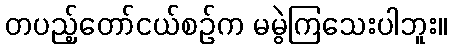
တပည့်တော်ငယ်စဉ်က မမွဲကြသေးပါဘူး။